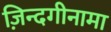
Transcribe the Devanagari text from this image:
ज़िन्दगीनामा